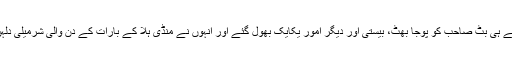
کھانے پینے کا ذکر آتے ہی بٹ صاحب کو پوجا بھٹ، بیستی اور دیگر امور یکایک بھول گئے اور انہوں نے مُنڈی ہلا کے بارات کے دن والی شرمیلی دلہن کی طرح ہاں کردی۔